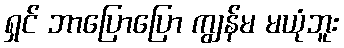
ရှင် ဘာပြောပြော ကျွန်မ မယုံဘူး